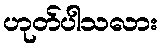
ဟုတ်ပါသလား